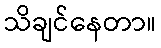
သိချင်နေတာ။